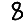
Digit: 8